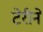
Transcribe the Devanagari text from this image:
टेरीने